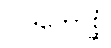
ပါဒကောစ္ဆံ